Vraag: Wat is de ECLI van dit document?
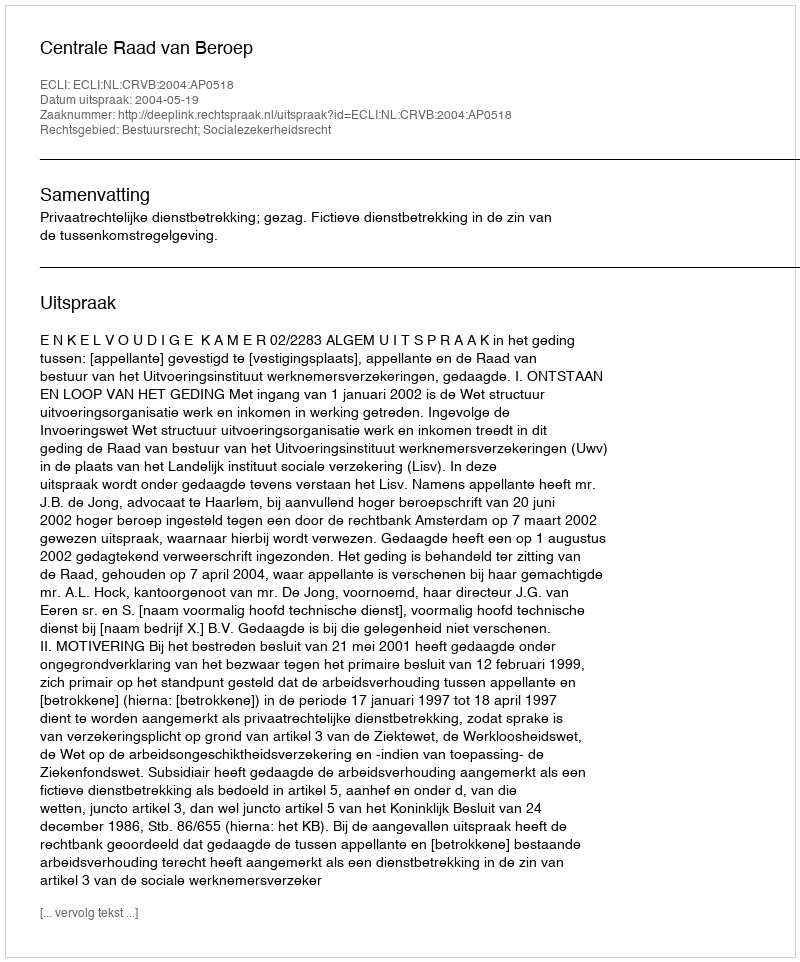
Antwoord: ECLI:NL:CRVB:2004:AP0518